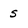
Character: 5